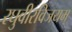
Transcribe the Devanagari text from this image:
रघुवीरविजयम्